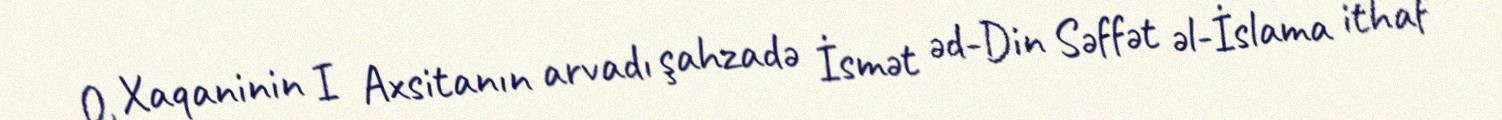
O, Xaqaninin I Axsitanın arvadı şahzadə İsmət əd-Din Səffət əl-İslama ithaf